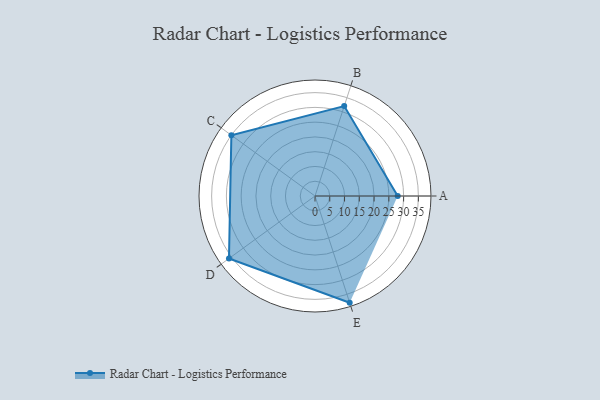
{"axis": {"x": "Skill", "y": "Score"}, "legend": ["Profile"], "data": [{"x": "A", "y": 28.0, "type": "Profile"}, {"x": "B", "y": 32.0, "type": "Profile"}, {"x": "C", "y": 35.0, "type": "Profile"}, {"x": "D", "y": 36.0, "type": "Profile"}, {"x": "E", "y": 38.0, "type": "Profile"}]}